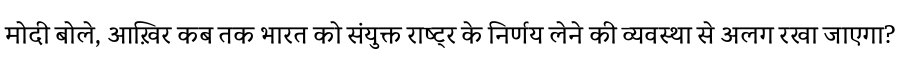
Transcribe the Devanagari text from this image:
मोदी बोले, आख़िर कब तक भारत को संयुक्त राष्ट्र के निर्णय लेने की व्यवस्था से अलग रखा जाएगा?